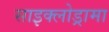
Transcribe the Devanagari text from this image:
साइक्लोड्रामा